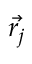
\vec { r _ { j } }